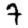
Digit: 7